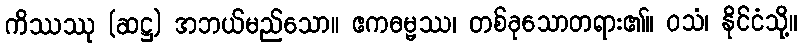
ကိဿဿု (ဆဋ္ဌ) အဘယ်မည်သော။ ဧကဓမ္မဿ၊ တစ်ခုသောတရား၏။ ဝသံ၊ နိုင်ငံသို့။